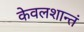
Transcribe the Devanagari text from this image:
केवलशान्तं